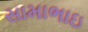
સામાભાઇ